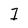
Character: 7